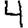
Digit: 4